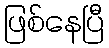
ဖြစ်နေပြီ